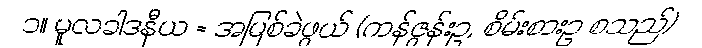
၁။ မူလခါဒနီယ = အမြစ်ခဲဖွယ် (ကန်ဇွန်းဥ, စိမ်းစားဥ စသည်)